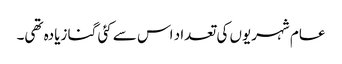
عام شہریوں کی تعداد اس سے کئی گنا زیادہ تھی۔